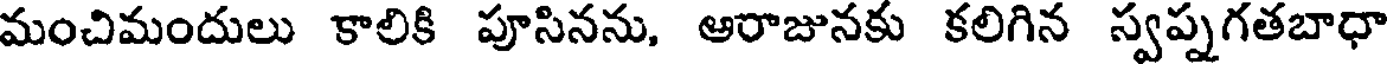
మంచిమందులు కాలికి పూసినను, ఆరాజునకు కలిగిన స్వప్నగతబాధా